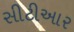
સીટીઆર